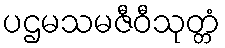
ပဌမသမဇီဝီသုတ္တံ